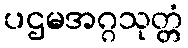
ပဌမအဂ္ဂသုတ္တံ